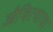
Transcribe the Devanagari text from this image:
औचित्याचा